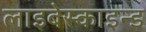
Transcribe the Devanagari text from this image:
लाइबेस्काइन्ड